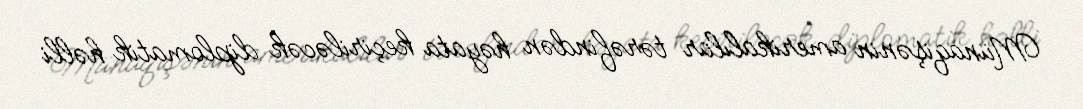
Münaqişənin amerikalılar tərəfindən həyata keçiriləcək diplomatik həlli